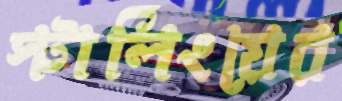
স্টার্লিংয়ের